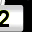
Digit: 2